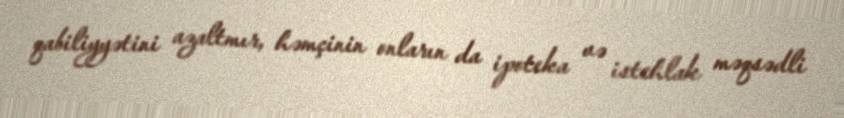
qabiliyyətini azaltmır, həmçinin onların da ipoteka və istehlak məqsədli